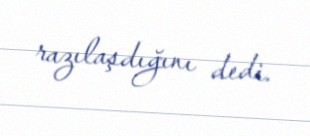
razılaşdığını dedi.